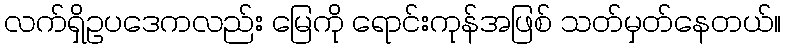
လက်ရှိဥပဒေကလည်း မြေကို ရောင်းကုန်အဖြစ် သတ်မှတ်နေတယ်။